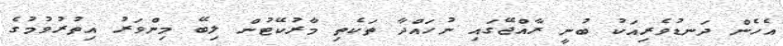
އެހެން ދަނޑުވެރިއަކު ބުނީ ރާއްޖޭގައި ނުހައްދާ ތަކެތި މާރުކޭޓުން ލިބޭ މިންވަރު އިތުރުވުމުގެ